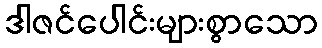
ဒါဇင်ပေါင်းများစွာသော